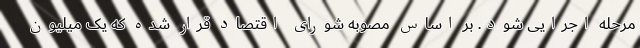
مرحله اجرایی شود. بر اساس مصوبه شورای اقتصاد قرار شده که یک میلیون